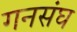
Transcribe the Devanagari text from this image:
गनसंघ